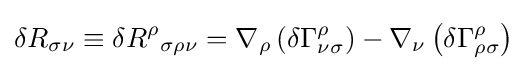
\delta R_{\sigma \nu }\equiv \delta {R^{\rho }}_{\sigma \rho \nu }=\nabla _{\rho }\left(\delta \Gamma _{\nu \sigma }^{\rho }\right)-\nabla _{\nu }\left(\delta \Gamma _{\rho \sigma }^{\rho }\right)